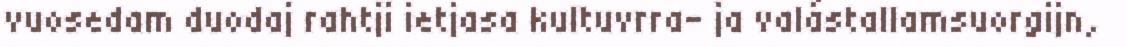
vuosedam duodaj rahtji ietjasa kultuvrra- ja valástallamsuorgijn,